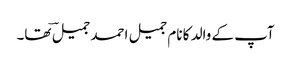
آپ کے والد کا نام جمیل احمد جمیلؔ تھا۔